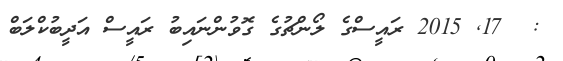
:  17